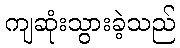
ကျဆုံးသွားခဲ့သည်